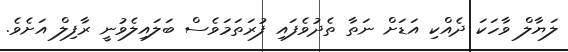
ލަޔާލް ވާހަކަ ދެއްކި އަޑަށް ނަތާ ތެދުވެފައި ފުރަތަމަވެސް ބަލައިލެވުނީ ރާފިލް އަށެވެ.